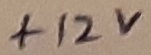
Text: +12V